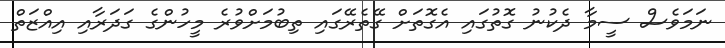
ނަމަވެސް ސީމާ ދެކުނު ގޮތުގައި އެގޮތަށް ގޭތެރޭގައި ތިބުމަށްވުރެ މީހުންގެ ގަދަރާއި އިއްޒަތް